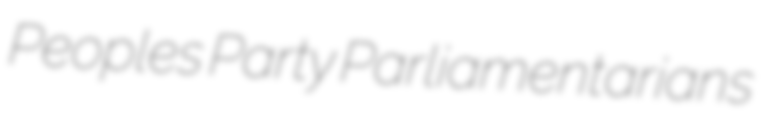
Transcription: Peoples Party Parliamentarians